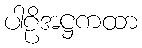
ပါဠိအဋ္ဌကထာ